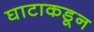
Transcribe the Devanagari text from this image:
घाटाकडून